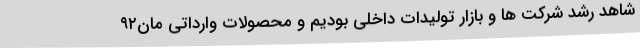
شاهد رشد شرکت‌ ها و بازار تولیدات داخلی بودیم و محصولات وارداتی مان۹۲